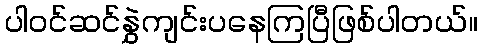
ပါဝင်ဆင်နွှဲကျင်းပနေကြပြီဖြစ်ပါတယ်။